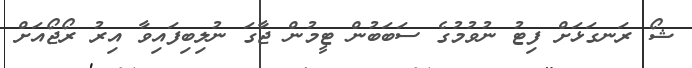
ޝޯ ރަނގަޅަށް ފިޓު ނުވުމުގެ ސަބަބުން ޓީމުން ޖާގަ ނުލިބިފައިވާ އިރު ރޯޖޯއަށް